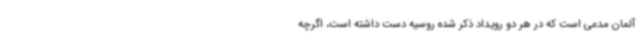
آلمان مدعی است که در هر دو رویداد ذکر شده روسیه دست داشته است، اگرچه